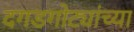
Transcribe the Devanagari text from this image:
दगडगोट्यांच्या